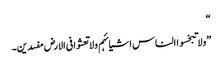
“
”ولا تبخسوا الناس اشیائہم ولا تعثوا فی الارض مفسدین۔